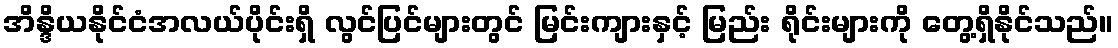
အိန္ဒိယနိုင်ငံအလယ်ပိုင်းရှိ လွင်ပြင်များတွင် မြင်းကျားနှင့် မြည်း ရိုင်းများကို တွေ့ရှိနိုင်သည်။